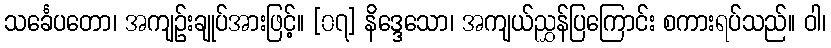
သင်္ခေပတော၊ အကျဉ်းချုပ်အားဖြင့်။ [၀၇] နိဒ္ဒေသော၊ အကျယ်ညွှန်ပြကြောင်း စကားရပ်သည်။ ဝါ၊